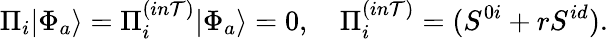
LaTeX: \Pi_{i}|\Phi_{a}\rangle=\Pi_{i}^{(in\mathcal{T})}|\Phi_{a}\rangle=0,\quad\Pi_{i}^{(in\mathcal{T})}=(S^{0i}+rS^{id}).